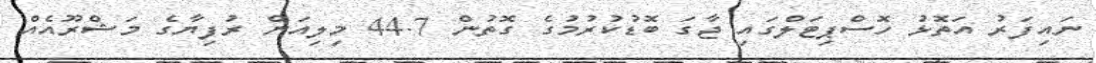
ނައިފަރު އަތޮޅު ހޮސްޕިޓަލްގައި ޖާގަ ބޮޑުކުރުމުގެ ގޮތުން 44.7 މިލިއަން ރުފިޔާގެ މަޝްރޫއެއް